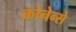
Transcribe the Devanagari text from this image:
कोनेन्से